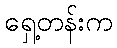
ရှေ့တန်းက